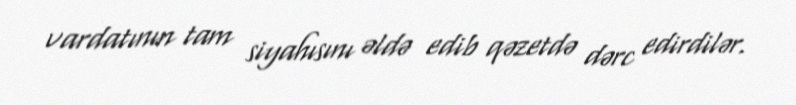
vardatının tam siyahısını əldə edib qəzetdə dərc edirdilər.